Vital statistics of India. Vol. VI, European troops 1870-79
Year: 1870
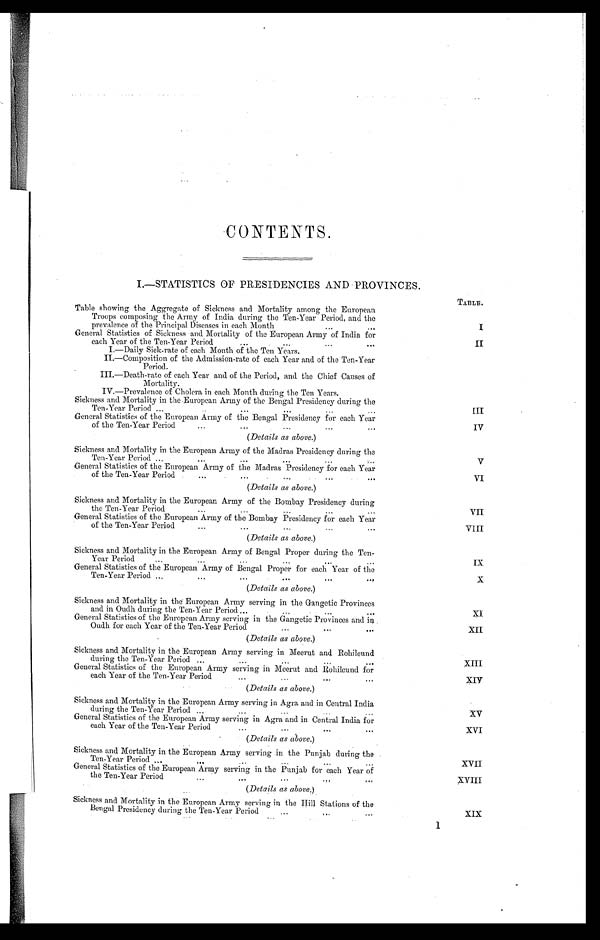
CONTENTS.
I.—STATISTICS OF PRESIDENCIES AND PROVINCES.
TABLE.
Table showing the Aggregate of Sickness and Mortality among the European
Troops composing t h e A r m y o f I n d i a d u r i n g t h e T e n - Y e a r P e r i o d , a n d t h e
prevalence of the Principal Diseases in each Month...
...
I
General Statistics of Sickness and Mortality of the European Army of India for
. ..
...
each Year of the Ten-Year Period
.
...
. . .
I I
I.—Daily Sick-rate of each Month of the Ten Years.
II.—Composition of the Admission-rate of each Year and of the Ten-Year
Period.
III.—Death-rate of each Year and of the Period, and the Chief Causes of
Mortality.
IV.—Prevalence of Cholera in each Month during the Ten Years.
Sickness and Mortality in the European Army of the Bengal Presidency during the
..
...
Ten-Year Period ...... ...
...
III
General Statistics of the European Army of the Bengal Presidency for each Year
...
...
of the Ten-Year Period...
...
...
IV
(Details as above.)
Sickness and Mortality in the European Army of the Madras Presidency during the
Ten-Year Period ...
...
...
...
V
General Statistics of the European Army of the Madras Presidency for each Year
of the Ten-Year Period .
...
.
...
.
...
... •
. . .
VI
(Details as above.)
Sickness and Mortality in the European Army of the Bombay Presidency during
the Ten-Year Period
...
...
...
...
...
VII
General Statistics of the European Army of the Bombay Presidency for each Year
of the Ten-Year Period
...
...
...
...
...
VIII
(Details as above.)
Sickness and Mortality in the European Army of Bengal Proper during the Ten-
...
Year Period...
...
...
...
...
IX
General Statistics of the European Army of Bengal Proper for each Year of the
Ten-Year Period ...
...
...
...
. . .
...
X
(Details as above.)
Sickness and Mortality in the European Army serving in the Gangetic Provinces
and in Oudh during the Ten-Year Period ...
...
...
...
XI
General Statistics of the European Army serving in the Gangetic Provinces and in
Oudh for each Year of the Ten-Year Period...
...
XII
(Details as above.)
Sickness and Mortality in the European Army serving in Meerut and Rohilcund
during the Ten-Year Period ...
. . .
... ...
XIII
General Statistics of the European Army serving in Meerut and Rohilcund for
each Year of the Ten-Year Period...
...
XIV
(Details as above.)
Sickness and Mortality in the European Army serving in Agra and in Central India
during the Ten-Year Period . . . . . . .
...
...
...
XV
General Statistics of the European Army serving in Agra and in Central India for
each Year of the Ten-Year Period.
..
...
...
XVI
(Details as above.)
Sickness and Mortality in the European Army serving in the Punjab during the
Ten-Year Period ..
...
...
...
...
XVII
General Statistics of the European Army serving in the Punjab for each Year of
the Ten-Year Period
X V I I I
(Details as above.)
Sickness and Mortality in the European Army serving in the Hill Stations of the
Bengal Presidency during the Ten-Year Period
....
. . .
XIX
1